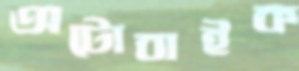
অটোবাইক